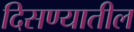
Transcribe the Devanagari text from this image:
दिसण्यातील